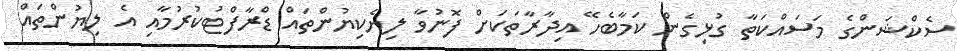
ސެކްޝަންގެ މަސައްކަތާ ގުޅިގެން ކަމާބެހޭ އިދާރާތަކަށް ފޮނުވާ ލިޔެކިޔުންތައް ޑްރާފްޓުކުރުމާއި އެ ލިޔުންތައް